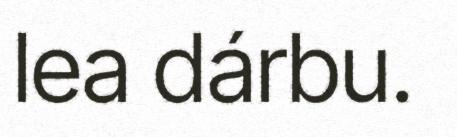
lea dárbu.